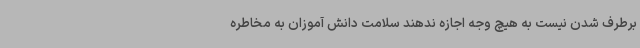
برطرف شدن نیست به هیچ وجه اجازه ندهند سلامت دانش آموزان به مخاطره